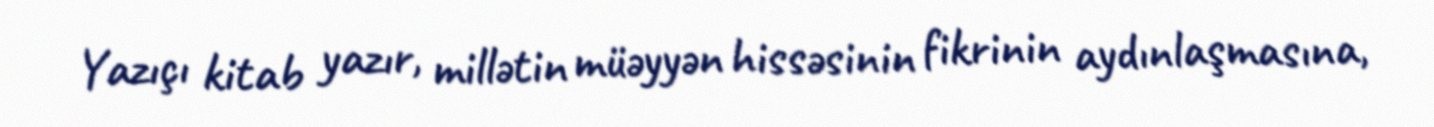
Yazıçı kitab yazır, millətin müəyyən hissəsinin fikrinin aydınlaşmasına,